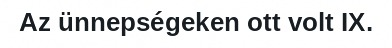
Az ünnepségeken ott volt IX.